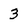
Character: 3